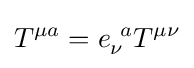
T^{\mu a}=e_{\nu }^{\ a}T^{\mu \nu }